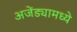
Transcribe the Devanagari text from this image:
अजेंड्यामध्ये